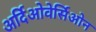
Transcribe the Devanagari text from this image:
अर्दिओवेर्सिओन